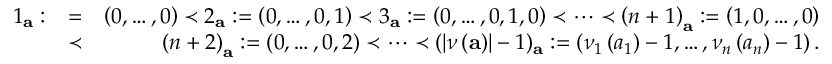
\begin{array} { r l r } { 1 _ { \mathbf { a } } : } & { = } & { \left( 0 , \dots , 0 \right) \prec 2 _ { \mathbf { a } } : = \left( 0 , \dots , 0 , 1 \right) \prec 3 _ { \mathbf { a } } : = \left( 0 , \dots , 0 , 1 , 0 \right) \prec \dots \prec \left( n + 1 \right) _ { \mathbf { a } } : = \left( 1 , 0 , \dots , 0 \right) } \\ & { \prec } & { \left( n + 2 \right) _ { \mathbf { a } } : = \left( 0 , \dots , 0 , 2 \right) \prec \dots \prec ( { \left\vert \nu \left( \mathbf { a } \right) \right\vert - 1 } ) _ { \mathbf { a } } : = \left( \nu _ { 1 } \left( a _ { 1 } \right) - 1 , \dots , \nu _ { n } \left( a _ { n } \right) - 1 \right) . } \end{array}